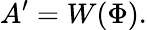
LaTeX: A^{\prime}=W\! \left(\Phi\right).